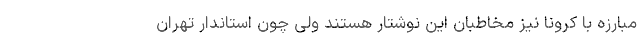
مبارزه با کرونا نیز مخاطبان این نوشتار هستند ولی چون استاندار تهران